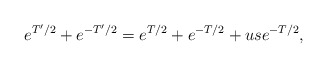
\begin{align*}e^{T'/2}+e^{-T'/2}=e^{T/2}+e^{-T/2}+us e^{-T/2},\end{align*}